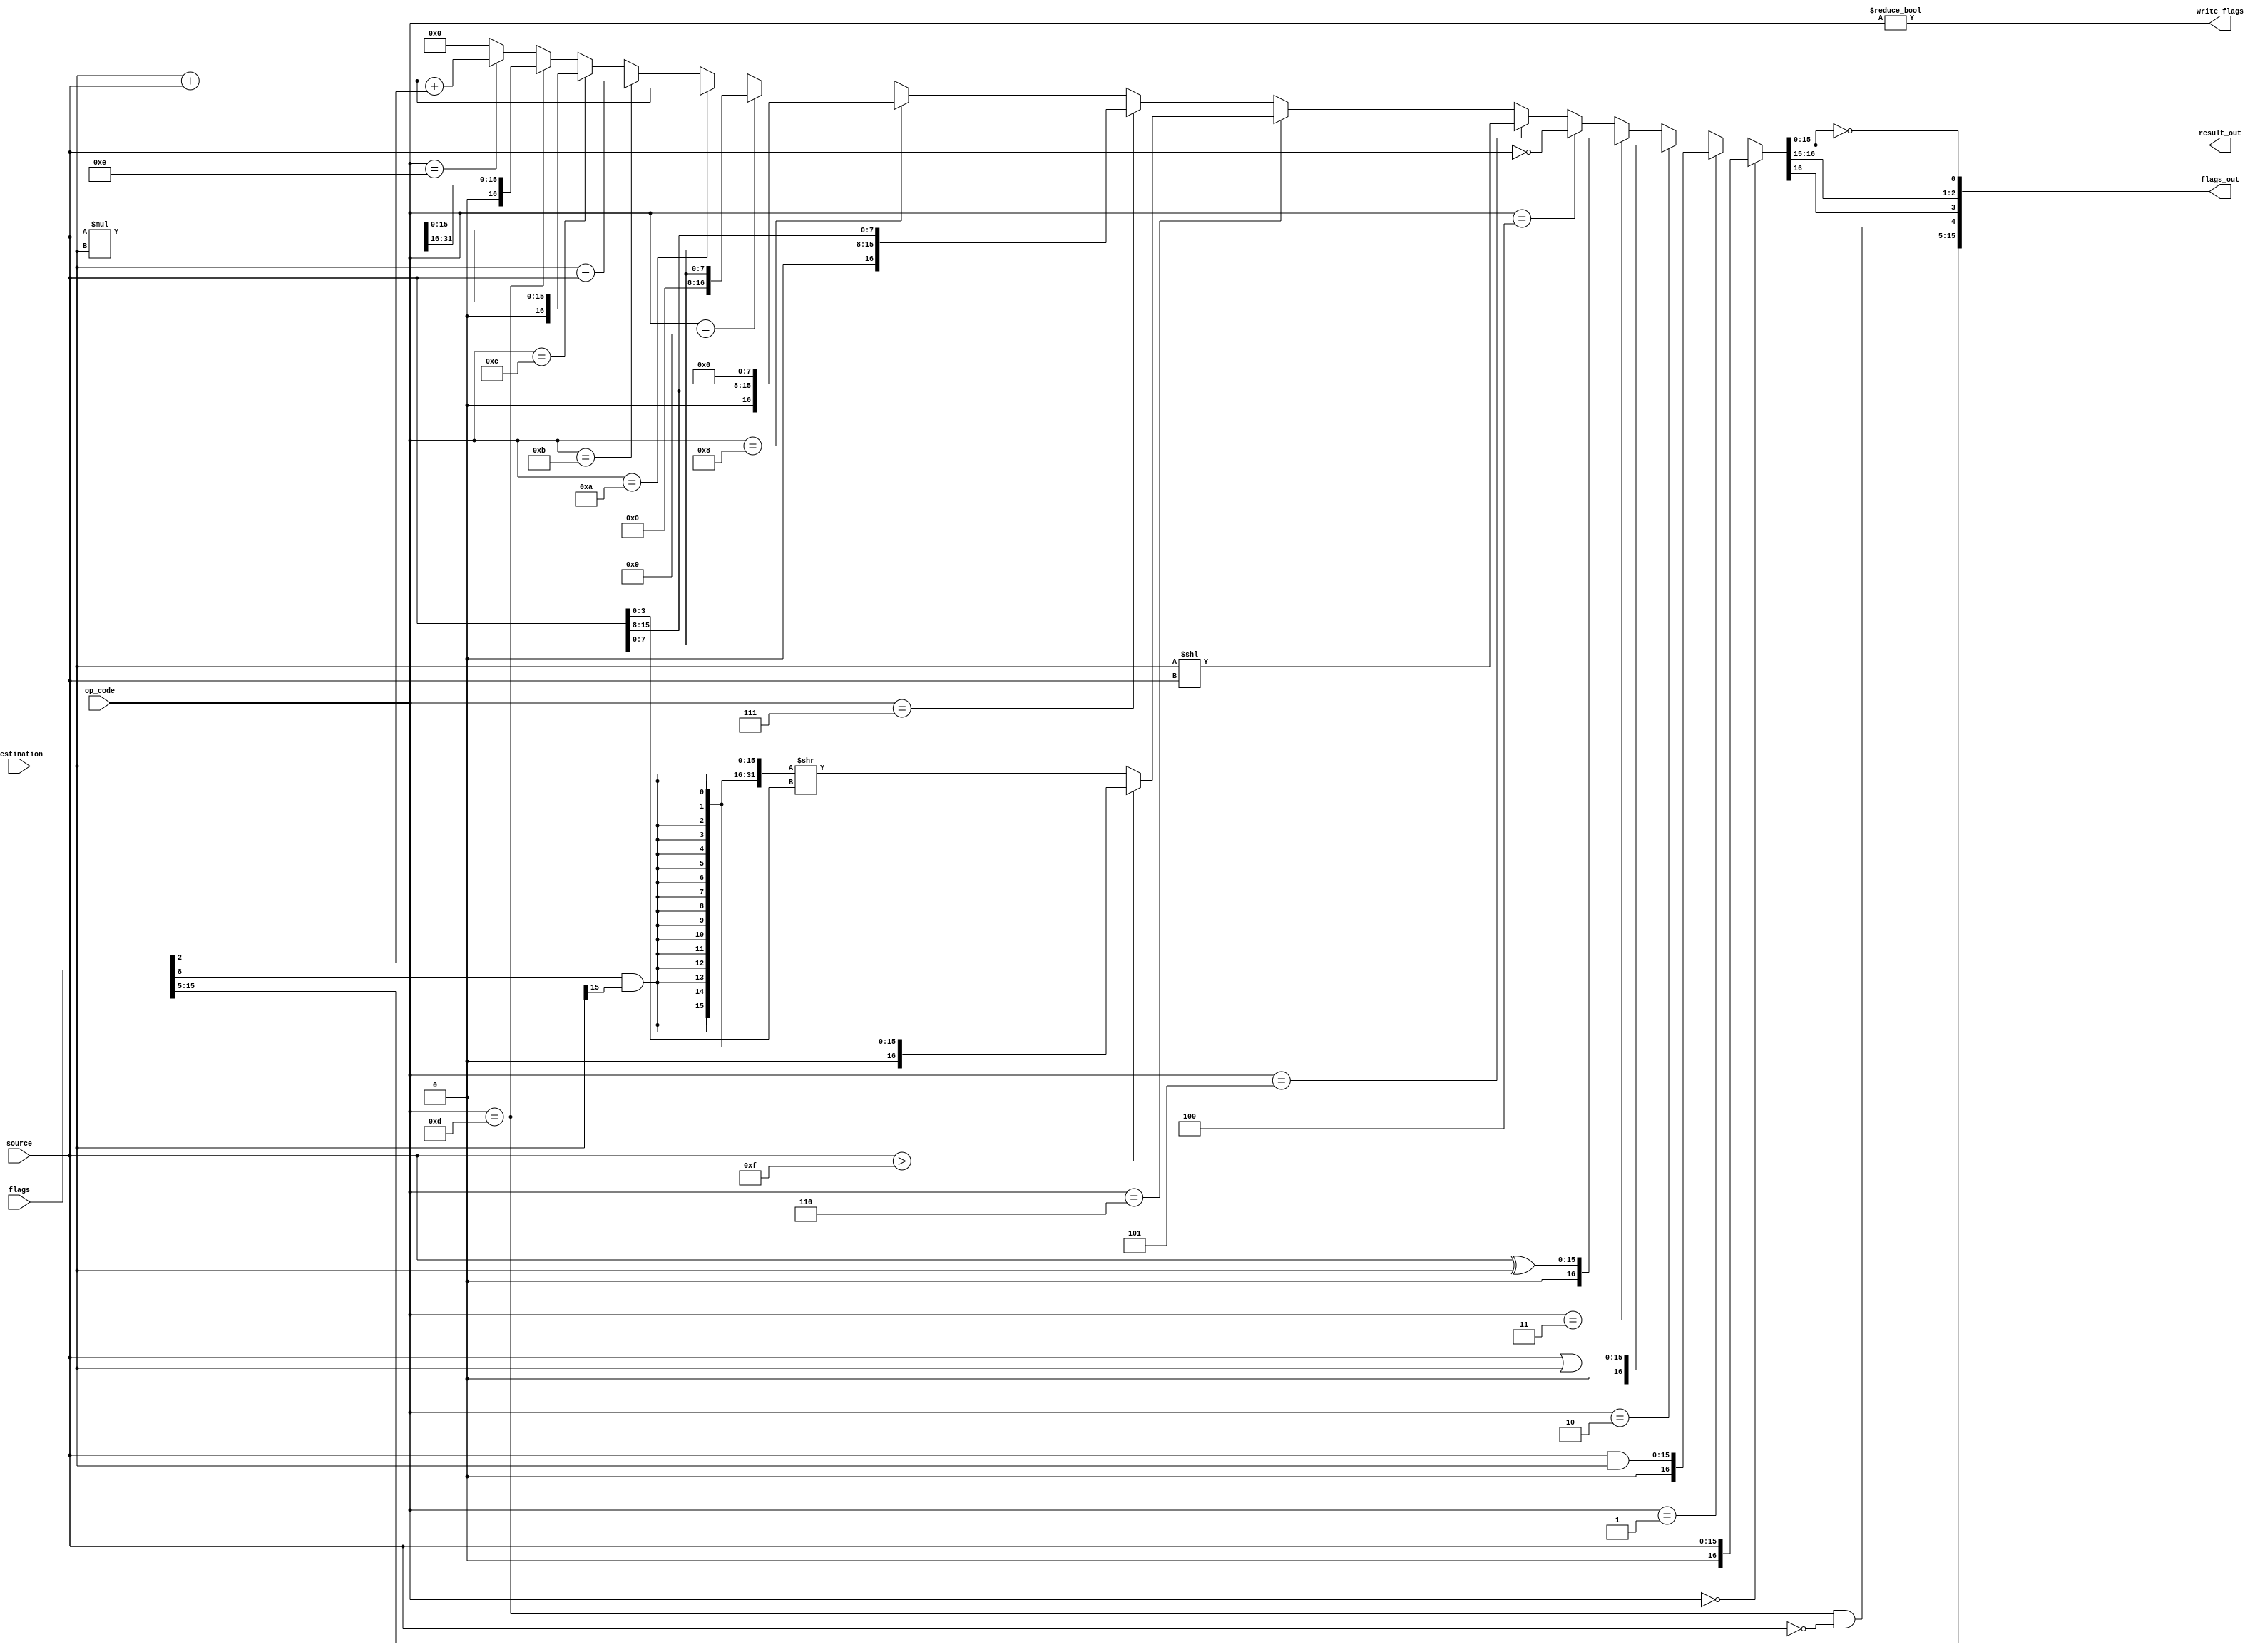
module alu(
  input [15:0] source,
  input [15:0] destination,
  input [3:0] op_code,
  input [15:0] flags,
  output [15:0] result_out,
  output [15:0] flags_out,
  output write_flags
);

parameter DIVISION = 0;

wire [31:0] mult_result = source * destination;

wire [31:0] signed_shift_destination = { {16{flags[8] & destination[15]}}, destination };
assign result_out = result[15:0];
wire carry = result[16];
wire [16:0] result =
    //Bit operations
    op_code == 4'h0 ? source : // Copy
    op_code == 4'h1 ? source & destination : // AND
    op_code == 4'h2 ? source | destination : // OR
    op_code == 4'h3 ? source ^ destination : // XOR
    op_code == 4'h4 ? ~source : // inverse

    //Shift operations
    op_code == 4'h5 ? destination << source : // Shift left
    // shift signed/unsigned by sign flag
    op_code == 4'h6 ? source > 16'hF ? {16{flags[8] & destination[15]}} : signed_shift_destination >> source[3:0] :
    op_code == 4'h7 ? { source[7:0], source[15:8] } : // Swap
    op_code == 4'h8 ? { source[15:8], 8'h00 } : // High byte
    op_code == 4'h9 ? { 8'h00, source[7:0] } : // Low byte

    op_code == 4'hA ? destination + source : // Add
    op_code == 4'hB ? destination - source : // Subtract
    op_code == 4'hC ? mult_result[15:0] : // Multiply
    op_code == 4'hD ? mult_result[31:16] : // Multiply upper word
    op_code == 4'hE ? destination + source + flags[2] : // Add with carry
    0; // TBD

wire zero = result[15:0] == 15'h0;
wire negative = result[15];
wire overflow = carry;
wire divide_error = op_code == 4'hD && source == 16'h0;

assign flags_out = { flags[15:5], divide_error, overflow, carry, negative, zero };
assign write_flags = op_code != 4'h0;
endmodule